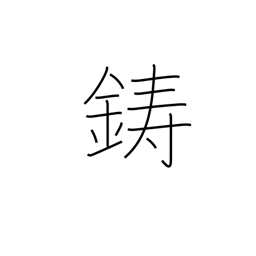
Meaning: mint